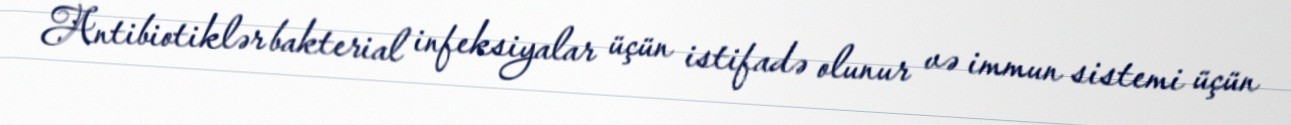
Antibiotiklər bakterial infeksiyalar üçün istifadə olunur və immun sistemi üçün